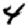
Digit: 4